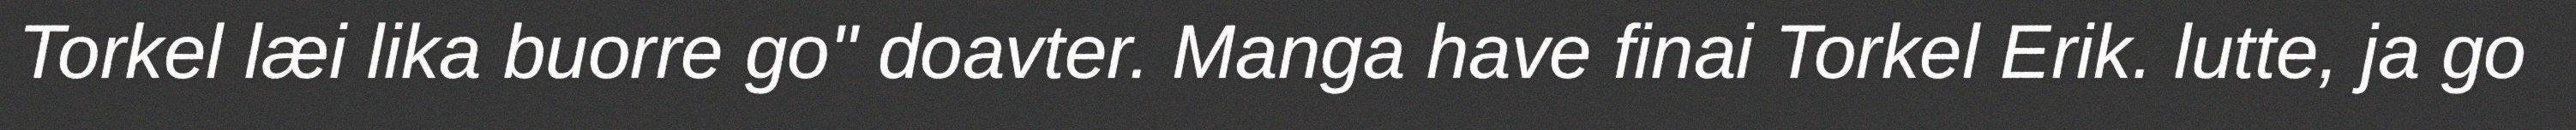
Torkel læi lika buorre go" doavter. Manga have finai Torkel Erik. lutte, ja go